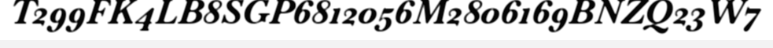
T299FK4LB8SGP6812056M2806169BNZQ23W7